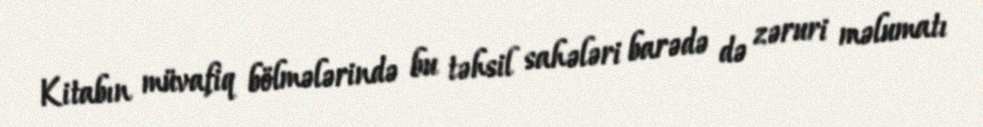
Kitabın müvafiq bölmələrində bu təhsil sahələri barədə də zəruri məlumatı